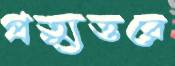
প্রত্যুত্তরে